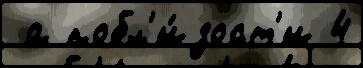
 а побл'и́зост'и 4